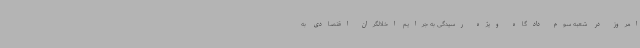
امروز در شعبه سوم دادگاه ویژه رسیدگی به جرایم اخلالگران اقتصادی به